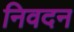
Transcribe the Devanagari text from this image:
निवदन